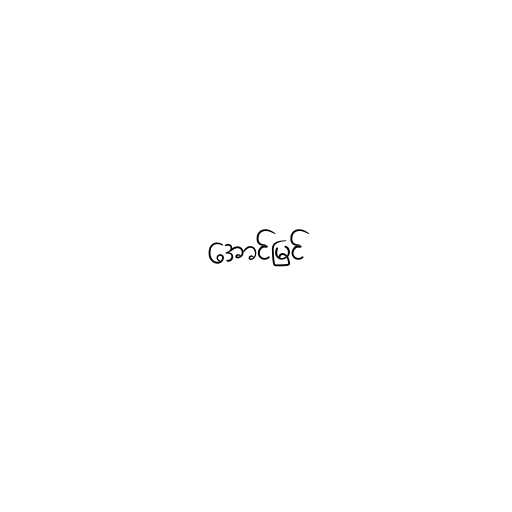
အောင်မြင်